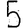
Digit: 5